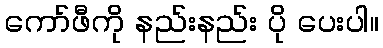
ကော်ဖီကို နည်းနည်း ပို ပေးပါ။